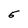
Character: 5